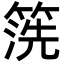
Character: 箲